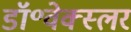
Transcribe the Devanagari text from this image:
डॉ॰वेक्स्लर